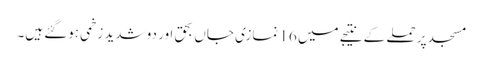
مسجد پر حملے کے نتیجے میں 16 نمازی جاں بحق اور دو شدید زخمی ہوگئے ہیں۔